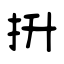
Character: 抍